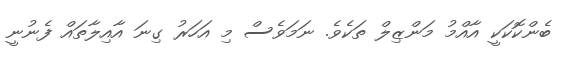
ބެންކޮކަކީ އާއްމު މަންޒިލް ތަކެވެ. ނަމަވެސް މި އަހަރު ގިނަ އާއިލާތައް ފެނުނީ